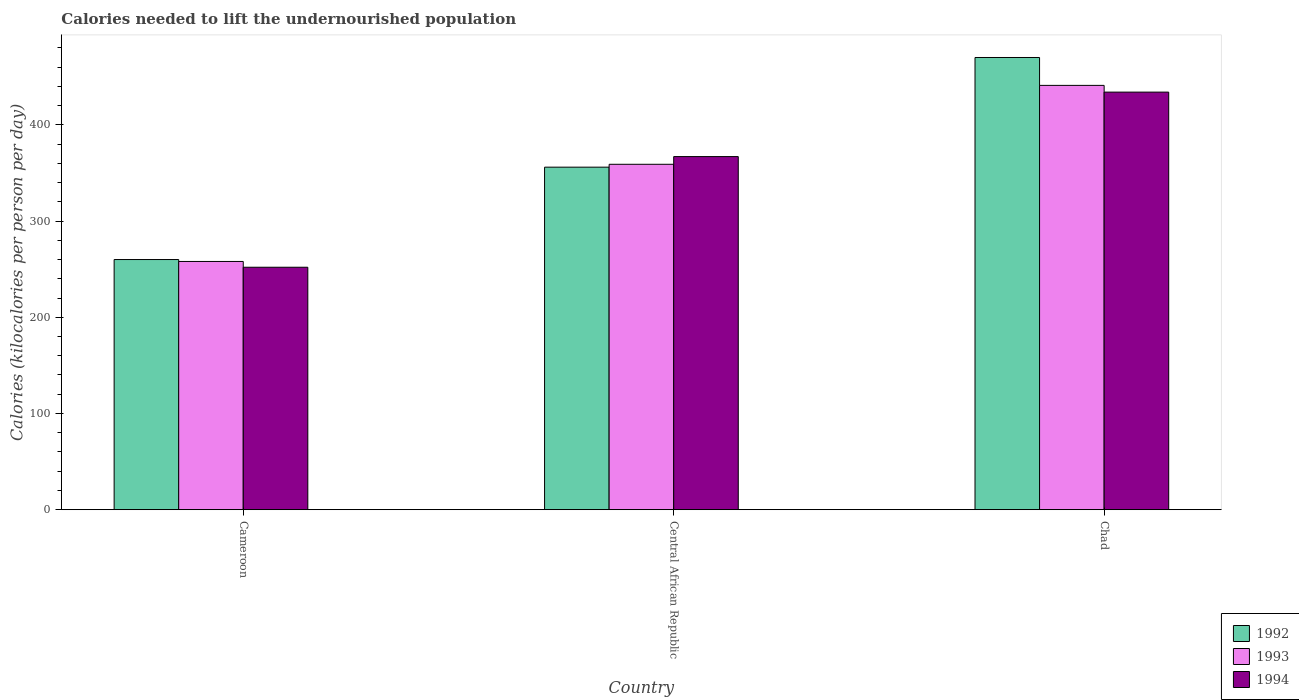
| Country | 1992 | 1993 | 1994 |
 | --- | --- | --- | --- |
 | Cameroon | 260 | 258 | 252 |
 | Central African Republic | 356 | 359 | 367 |
 | Chad | 470 | 441 | 434 |